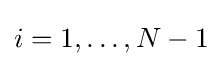
i=1,\ldots ,N-1